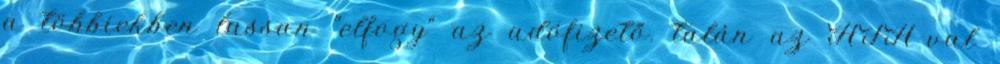
a többiekben lassan "elfogy" az adófizető. talán az ÁFA-val